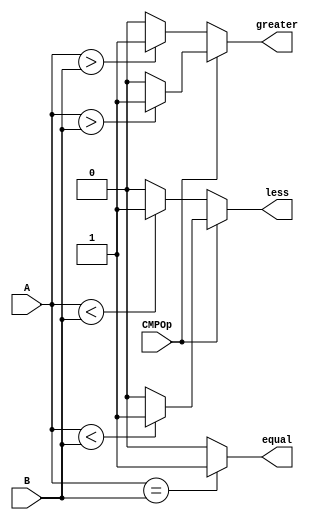
module cmp(
    input [31:0] A, B,
    input CMPOp,        //0: signed, 1: unsigned
    output equal, less, greater
);

    assign equal = (A==B) ? 1'b1 : 1'b0;
    assign less = (CMPOp==1'b0) ?   (($signed(A)<$signed(B)) ? 1'b1 : 1'b0) :
                                    ((A < B) ? 1'b1 : 1'b0);
    assign greater = (CMPOp==1'b0) ?   (($signed(A)>$signed(B)) ? 1'b1 : 1'b0) :
                                    ((A > B) ? 1'b1 : 1'b0);

endmodule // cmp